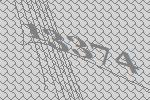
13374